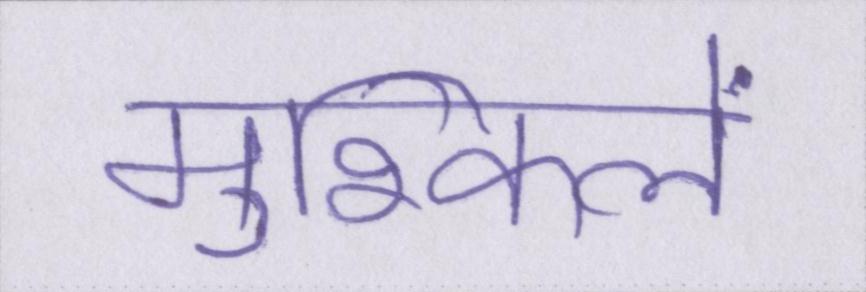
मुश्किलें